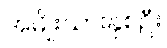
အမျိုးသားနှစ်ဦး